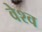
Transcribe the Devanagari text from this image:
वेश्व